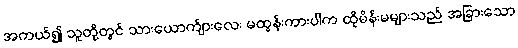
အကယ်၍ သူတို့တွင် သားယောက်ျားလေး မထွန်းကားပါက ထိုမိန်းမများသည် အခြားသော